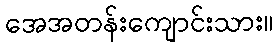
အေအတန်းကျောင်းသား။